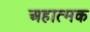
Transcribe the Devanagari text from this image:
अहात्मक